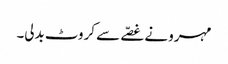
مہرو نے غصّے سے کروٹ بدلی۔